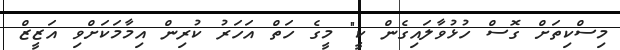
މިސްކިތަށް ގޮސް ހުޅުވާލައިގެން ކީ" މީގެ ހަތް އަހަރު ކުރިން އިމާމަކަށްވި އަޒީޒް